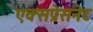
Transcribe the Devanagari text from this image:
एक्सप्रेसनेट